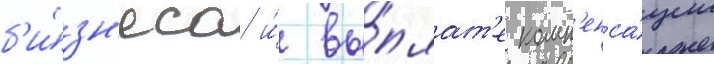
б'и́зн'еса и́ вы́плат'е комп'енса́ции